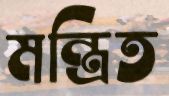
মন্ত্রিত